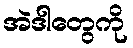
အဲဒါတွေကို